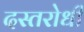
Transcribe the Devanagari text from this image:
दस्तरोधी